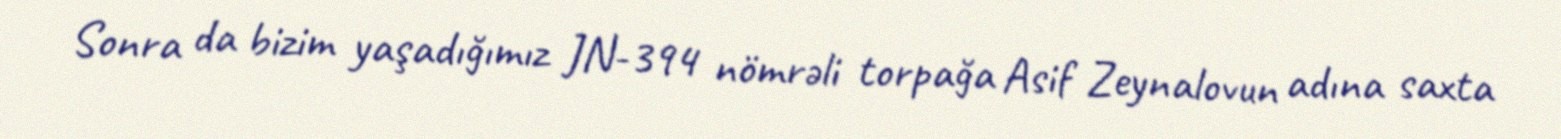
Sonra da bizim yaşadığımız JN-394 nömrəli torpağa Asif Zeynalovun adına saxta